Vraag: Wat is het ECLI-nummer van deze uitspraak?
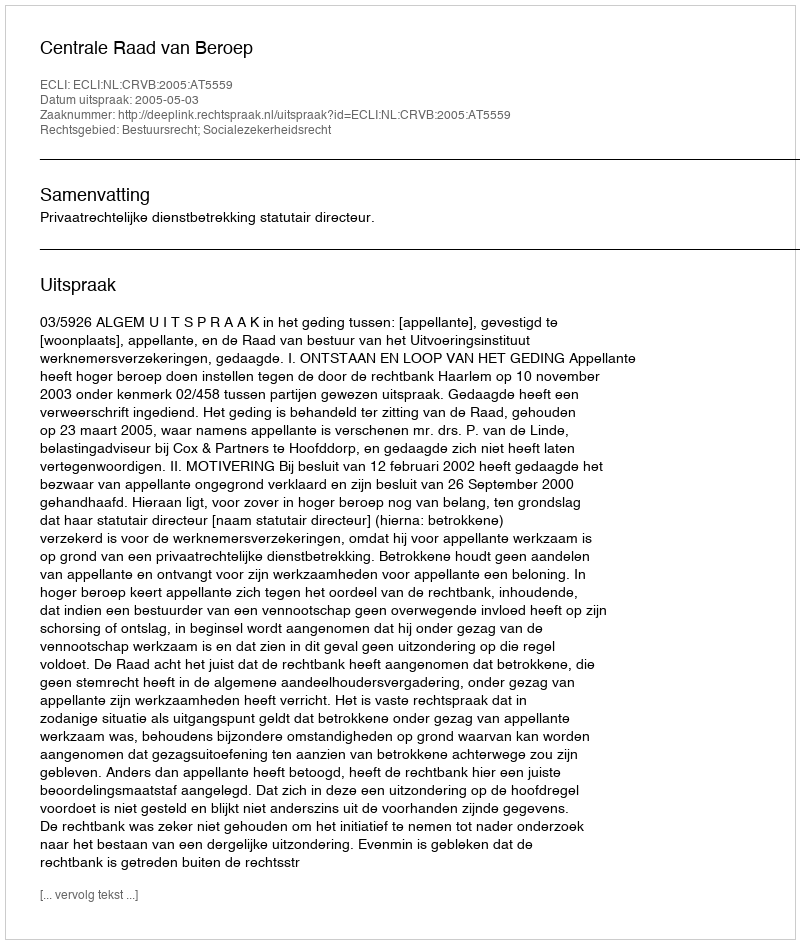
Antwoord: ECLI:NL:CRVB:2005:AT5559